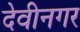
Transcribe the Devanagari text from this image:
देवीनगर